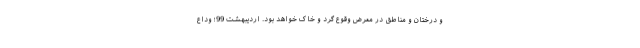
و درختان و مناطق در معرض وقوع گرد و خاک خواهد بود. اردیبهشت 99؛ وداع